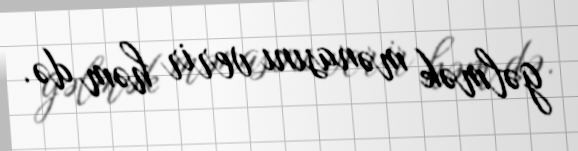
gəlmək mənasını verir həm də.